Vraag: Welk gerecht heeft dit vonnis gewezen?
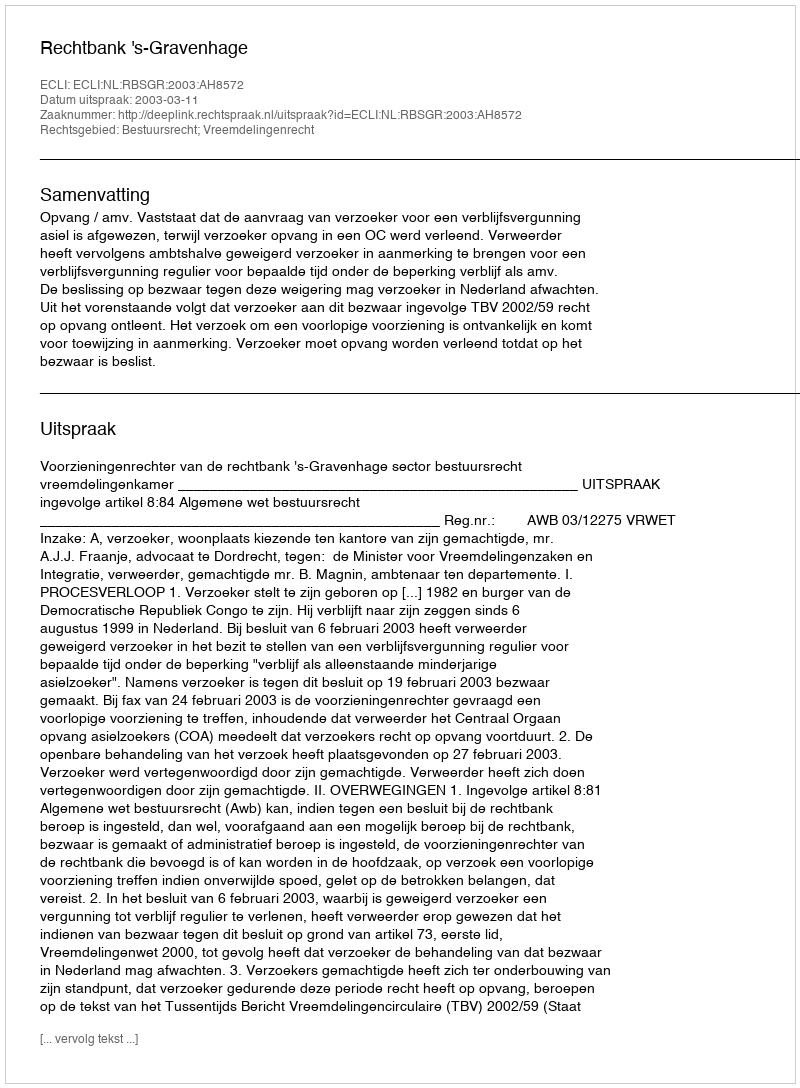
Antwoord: Rechtbank 's-Gravenhage